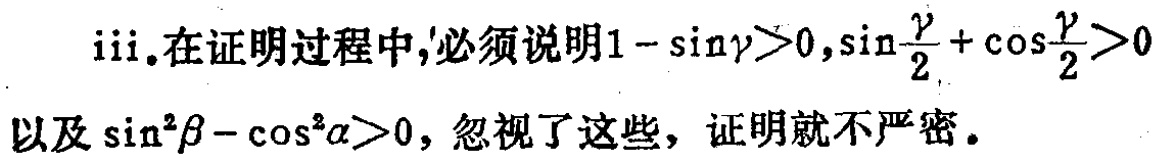
iii.在证明过程中,必须说明\(1 - \sin\gamma>0,\sin\frac{\gamma}{2}+\cos\frac{\gamma}{2}>0\)以及\(\sin^{2}\beta - \cos^{2}\alpha>0\)，忽视了这些，证明就不严密。